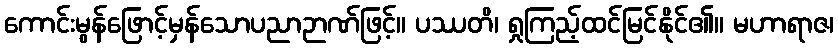
ကောင်းမွန်ဖြောင့်မှန်သောပညာဉာဏ်ဖြင့်။ ပဿတိ၊ ရှုကြည့်ထင်မြင်နိုင်၏။ မဟာရာဇ၊